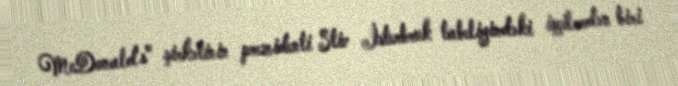
McDonald's" şirkətinin prezidenti Stiv İsterbruk tabeliyindəki işçilərdən biri